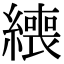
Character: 𦅇